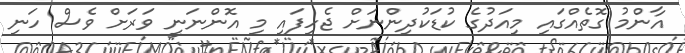
އާންމު ގޮތެއްގައި މިއަދުގެ ކުޑަކުދިންނަށް ޖެހިފައި މި އޮންނަނީ ވަރަށް ވެސް ހަނި